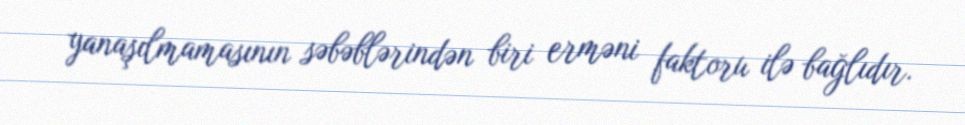
yanaşılmamasının səbəblərindən biri erməni faktoru ilə bağlıdır.